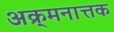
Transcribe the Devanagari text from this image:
अक्र्मनात्तक